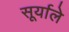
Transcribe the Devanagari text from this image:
सूर्याले